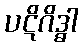
ပဋိဂိဒ္ဓါ